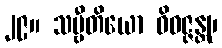
၂၉။ သဗ္ဗီတိယော ဝိဝဇ္ဇန္တု၊